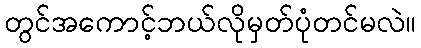
တွင်အကောင့်ဘယ်လိုမှတ်ပုံတင်မလဲ။